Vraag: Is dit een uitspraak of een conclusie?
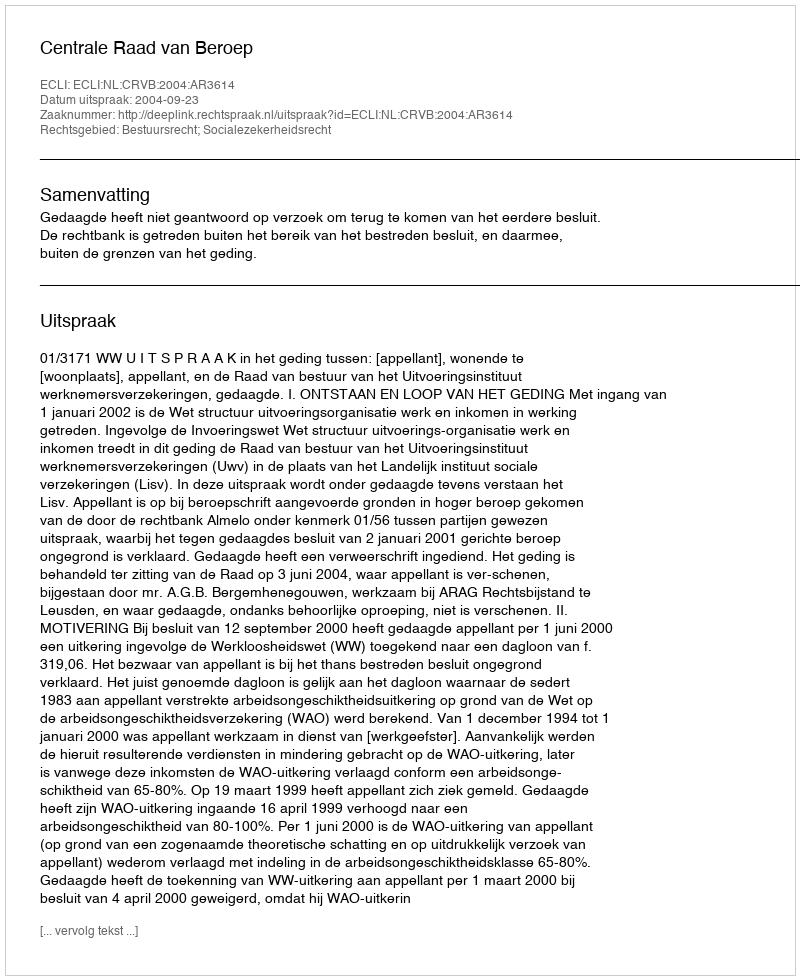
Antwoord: Uitspraak